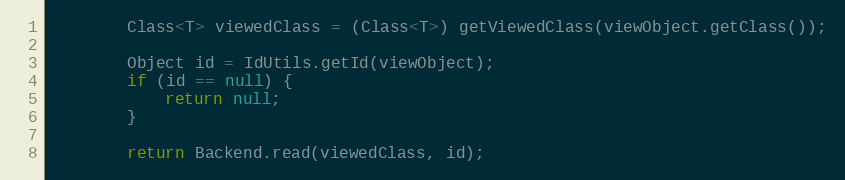
Language: Java
		Class<T> viewedClass = (Class<T>) getViewedClass(viewObject.getClass());

		Object id = IdUtils.getId(viewObject);
		if (id == null) {
			return null;
		}

		return Backend.read(viewedClass, id);